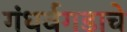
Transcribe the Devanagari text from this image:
गंधर्वगडाचे